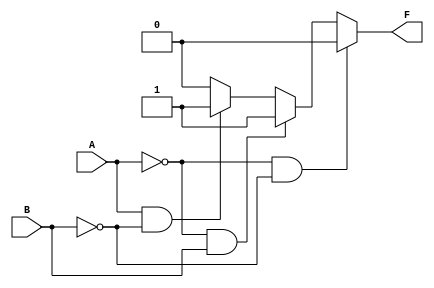
module two_variable_kmap (
    input wire A,       // Input variable A
    input wire B,       // Input variable B
    output wire F       // Output variable F
);

// Define the output F based on the K-map logic
assign F = (A == 0 && B == 0) ? F0 :  // F0 corresponds to A=0, B=0
           (A == 0 && B == 1) ? F1 :  // F1 corresponds to A=0, B=1
           (A == 1 && B == 0) ? F2 :  // F2 corresponds to A=1, B=0
           (A == 1 && B == 1) ? F3 :  // F3 corresponds to A=1, B=1
           1'b0;                       // Default case (if needed)

// Example values for F0, F1, F2, F3.
// These can be changed based on the specific logic function required.
parameter F0 = 1'b0; // Output for A=0, B=0
parameter F1 = 1'b1; // Output for A=0, B=1
parameter F2 = 1'b1; // Output for A=1, B=0
parameter F3 = 1'b0; // Output for A=1, B=1

endmodule